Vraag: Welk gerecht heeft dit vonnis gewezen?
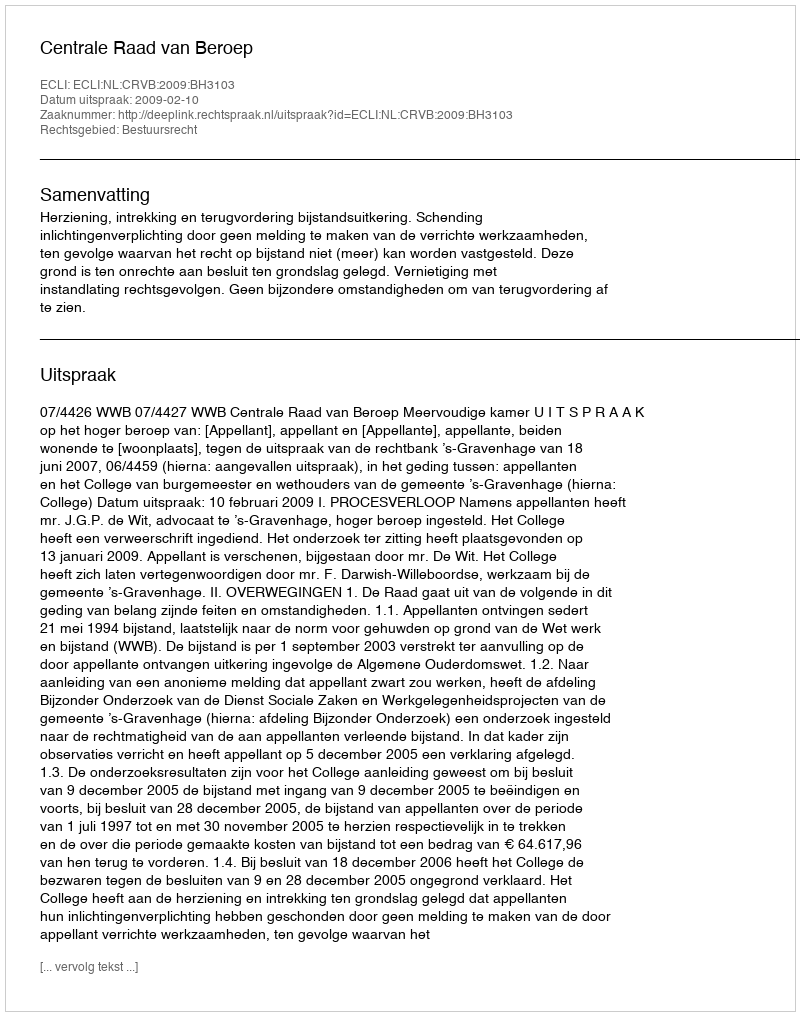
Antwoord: Centrale Raad van Beroep